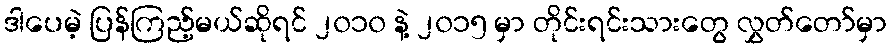
ဒါပေမဲ့ ပြန်ကြည့်မယ်ဆိုရင် ၂၀၁၀ နဲ့ ၂၀၁၅ မှာ တိုင်းရင်းသားတွေ လွှတ်တော်မှာ